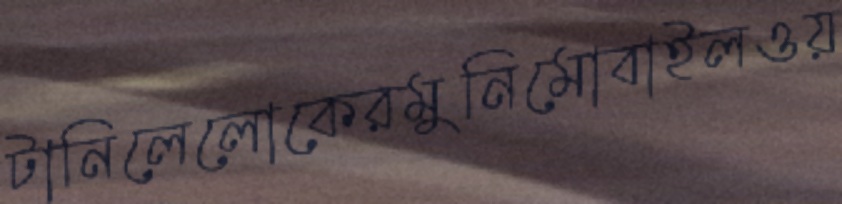
টানিলেলোকেরমুনিমোবাইলওয়